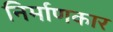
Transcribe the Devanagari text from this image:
निर्माणकार